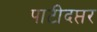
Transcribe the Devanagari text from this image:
पाटीदप्तर